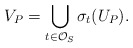
\begin{align*} V_P = \bigcup_{t\in \mathcal{O}_S} \sigma_t(U_P). \end{align*}